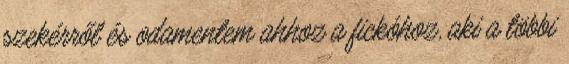
szekérről és odamentem ahhoz a fickóhoz, aki a többi